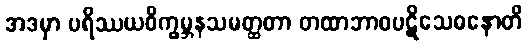
အဒမှာ ပရိဿယဝိက္ခမ္ဘနသမတ္ထတာ တထာဘာဝပဋိသေဓနောတိ